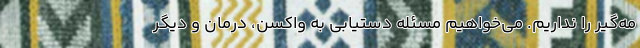
مه‌گیر را نداریم. می‌خواهیم مسئله دستیابی به واکسن، درمان و دیگر